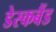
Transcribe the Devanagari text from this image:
डेस्कबैंड